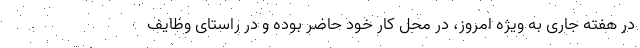
در هفته جاری به ویژه امروز، در محل کار خود حاضر بوده و در راستای وظایف